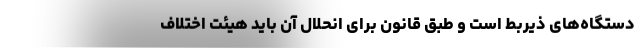
دستگاه‌های ذیربط است و طبق قانون برای انحلال آن باید هیئت اختلاف